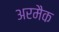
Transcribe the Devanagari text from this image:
अरमैक